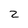
Character: z